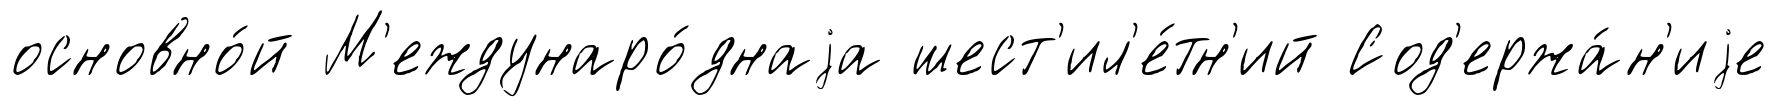
основно́й М'еждунаро́днаjа шест'ил'е́тн'ий Сод'ержа́н'иjе